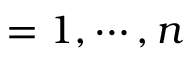
= 1 , \cdots , n